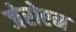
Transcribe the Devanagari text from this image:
जेरोएन